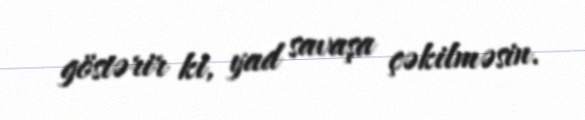
göstərir ki, yad savaşa çəkilməsin.